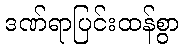
ဒဏ်ရာပြင်းထန်စွာ